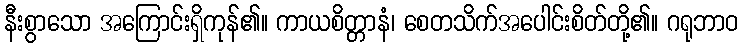
နီးစွာသော အကြောင်းရှိကုန်၏။ ကာယစိတ္တာနံ၊ စေတသိက်အပေါင်းစိတ်တို့၏။ ဂရုဘာဝ